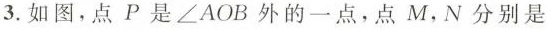
3. 如图，点P是\angle AOB外的一点，点M，N分别是